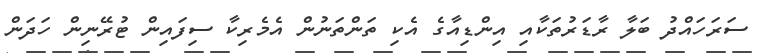
ސަރަހައްދު ބަލާ ރާޑަރުތަކާއި އިންޑިއާގެ އެކި ތަންތަނުން އެމެރިކާ ސިފައިން ޓުރޭނިން ހަދަން